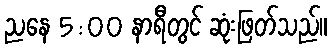
ညနေ 5:00 နာရီတွင် ဆုံးဖြတ်သည်။